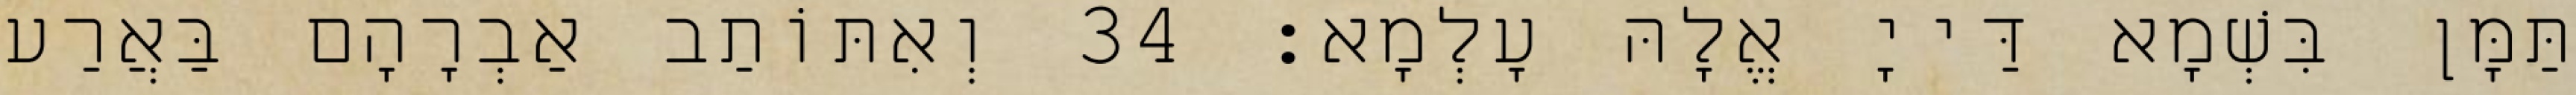
תַּמָּן בִּשְׁמָא דַּייָ אֱלָהּ עָלְמָא׃ 34 וְאִתּוֹתַב אַבְרָהָם בַּאֲרַע